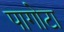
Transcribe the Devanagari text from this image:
पागोटा